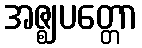
အဇ္ဈပတ္တော